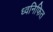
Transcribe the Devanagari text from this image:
ध्वनिफित